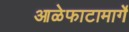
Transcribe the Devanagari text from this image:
आळेफाटामार्गे